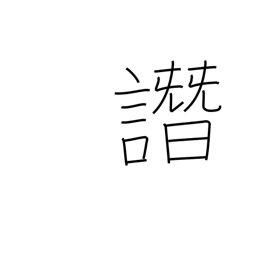
Meaning: slander